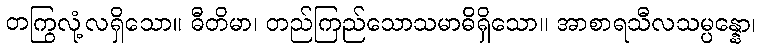
တကြွလုံ့လရှိသော။ ဓီတိမာ၊ တည်ကြည်သောသမာဓိရှိသော။ အာစာရသီလသမ္ပန္နော၊